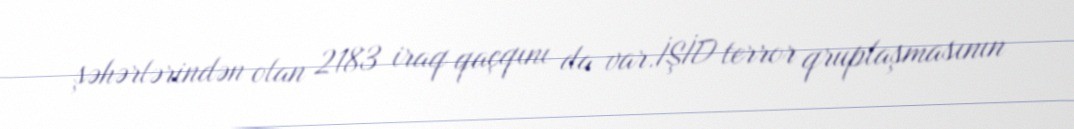
şəhərlərindən olan 2183 iraq qaçqını da var.İŞİD terror qruplaşmasının